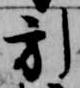
引